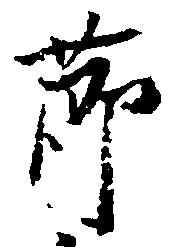
節